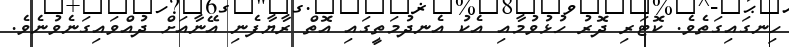
ހިނގައިގަތެވެ. ކޮޓަރި ދޮރު ހުޅުވުމާއި އެކު އެނދުމަތީގައި އޮތް ރާޔާފެނި އޭނާއަށް ދުއްވައިގަނެވުނެވެ.